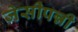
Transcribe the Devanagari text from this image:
जेसीपन्नी